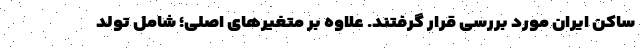
ساکن ایران مورد بررسی قرار گرفتند. علاوه بر متغیرهای اصلی؛ شامل تولد